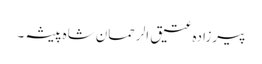
پیرزادہ عتیق الرحمان شاہ پیشہ ۔